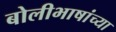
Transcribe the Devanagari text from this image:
बोलीभाषांच्या